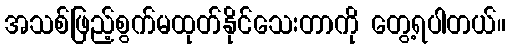
အသစ်ဖြည့်စွက်မထုတ်နိုင်သေးတာကို တွေ့ရပါတယ်။